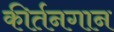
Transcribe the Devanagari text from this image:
कीर्तनगान